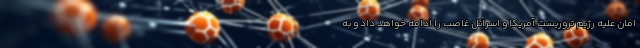
امان علیه رژیم تروریست آمریکا و اسرائل غاصب را ادامه خواهد داد و به